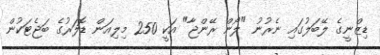
ޑިޒްނީގެ ލޭބަލުގައި ނެރުނު "ލޯން ރޭންޖާ" އަކީ 250 މިލިއަން ޑޮލަރުގެ ބަޖެޓަކުން